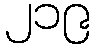
၂၁၉